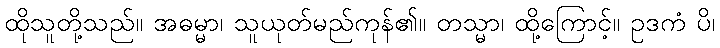
ထိုသူတို့သည်။ အဓမ္မာ၊ သူယုတ်မည်ကုန်၏။ တသ္မာ၊ ထို့ကြောင့်။ ဥဒကံ ပိ၊